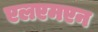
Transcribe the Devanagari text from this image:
एलएमएन